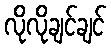
လိုလိုချင်ချင်